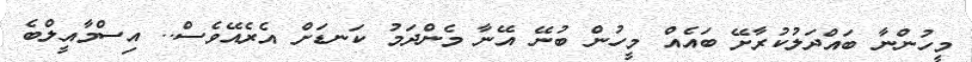
މީހުންނާ ބައްދަލުކުރާށޭ ބައެއް މީހުން ބުނޭ އޭނާ މެންދަމު ކަނޑަށް އެރެއޭވެސް.. އިސްމާއީލްބެ